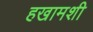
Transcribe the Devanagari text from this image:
हखामशी